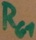
Text: RG1